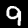
Label: 9